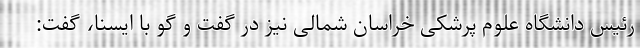
رئیس دانشگاه علوم پرشکی خراسان شمالی نیز در گفت و گو با ایسنا، گفت: